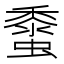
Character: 𧒁